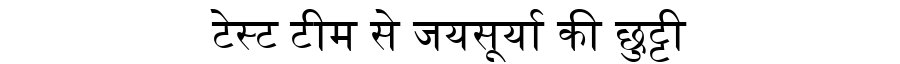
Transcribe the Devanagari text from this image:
टेस्ट टीम से जयसूर्या की छुट्टी